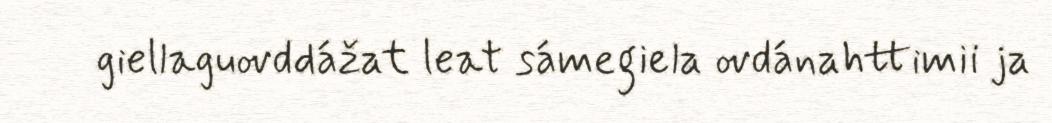
giellaguovddážat leat sámegiela ovdánahttimii ja